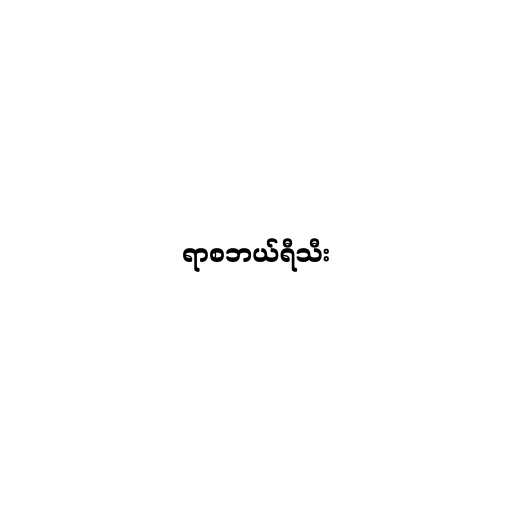
ရာစဘယ်ရီသီး